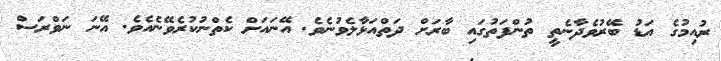
ރުއިމުގެ އަޑު ބޭރުވެދާނެތީ ތުންފަތުގައި ބާރަށް ދަތްއަޅާލެވުނެވެ. އޭނައަށް ކެތްނުކުރެވޭނެއެވެ. އޭނަ ނަވްރަސް